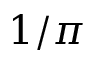
1 / \pi